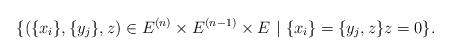
LaTeX: \begin{align*}\{(\{x_i\}, \{y_j\}, z)\in E^{(n)}\times E^{(n-1)}\times E ~|~ \{x_i\}=\{y_j, z\} z=0\}. \end{align*}